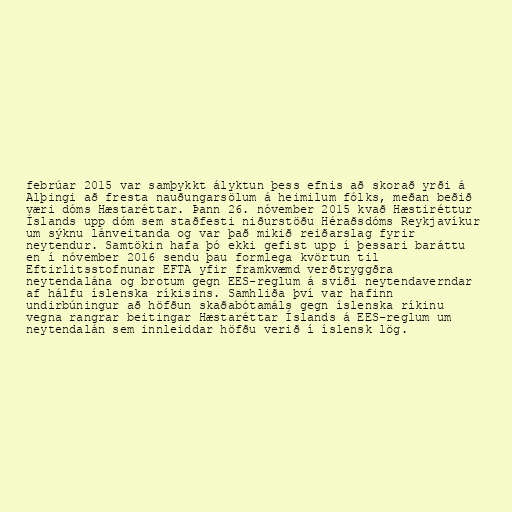
febrúar 2015 var samþykkt ályktun þess efnis að skorað yrði á
Alþingi að fresta nauðungarsölum á heimilum fólks, meðan beðið
væri dóms Hæstaréttar. Þann 26. nóvember 2015 kvað Hæstiréttur
Íslands upp dóm sem staðfesti niðurstöðu Héraðsdóms Reykjavíkur
um sýknu lánveitanda og var það mikið reiðarslag fyrir
neytendur. Samtökin hafa þó ekki gefist upp í þessari baráttu
en í nóvember 2016 sendu þau formlega kvörtun til
Eftirlitsstofnunar EFTA yfir framkvæmd verðtryggðra
neytendalána og brotum gegn EES-reglum á sviði neytendaverndar
af hálfu íslenska ríkisins. Samhliða því var hafinn
undirbúningur að höfðun skaðabótamáls gegn íslenska ríkinu
vegna rangrar beitingar Hæstaréttar Íslands á EES-reglum um
neytendalán sem innleiddar höfðu verið í íslensk lög.